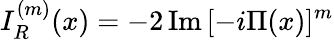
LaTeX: I_{R}^{(m)}(x)=-2\, \mathrm{Im}\, [-i\Pi(x)]^{m}